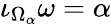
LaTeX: \iota_{\Omega_{\alpha}}\omega=\alpha